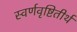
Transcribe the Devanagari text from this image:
स्वर्णवृष्टितीर्थ